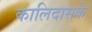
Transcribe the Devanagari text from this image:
कालिदासके